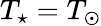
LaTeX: T_{\star}=T_{\odot}